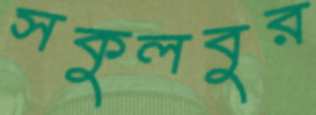
সকুলবুর